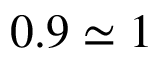
0 . 9 \simeq 1